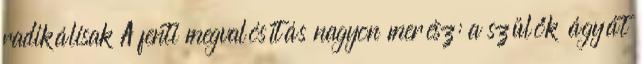
radikálisak A fenti megvalósítás nagyon merész: a szülők ágyát